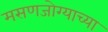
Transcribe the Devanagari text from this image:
मसणजोग्याच्या